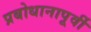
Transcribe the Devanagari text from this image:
प्रबोधानापूर्वी